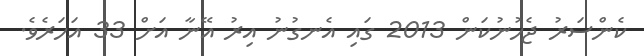
ކެންސަރު ޖެހުނުކަން 2013 ގައި އެނގުނު އިރު އޭނާ އަށް 33 އަހަރެވެ.